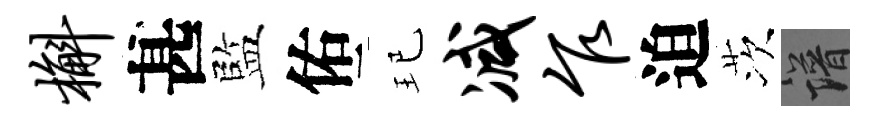
槲甚監佑玘减乍迫茨譜